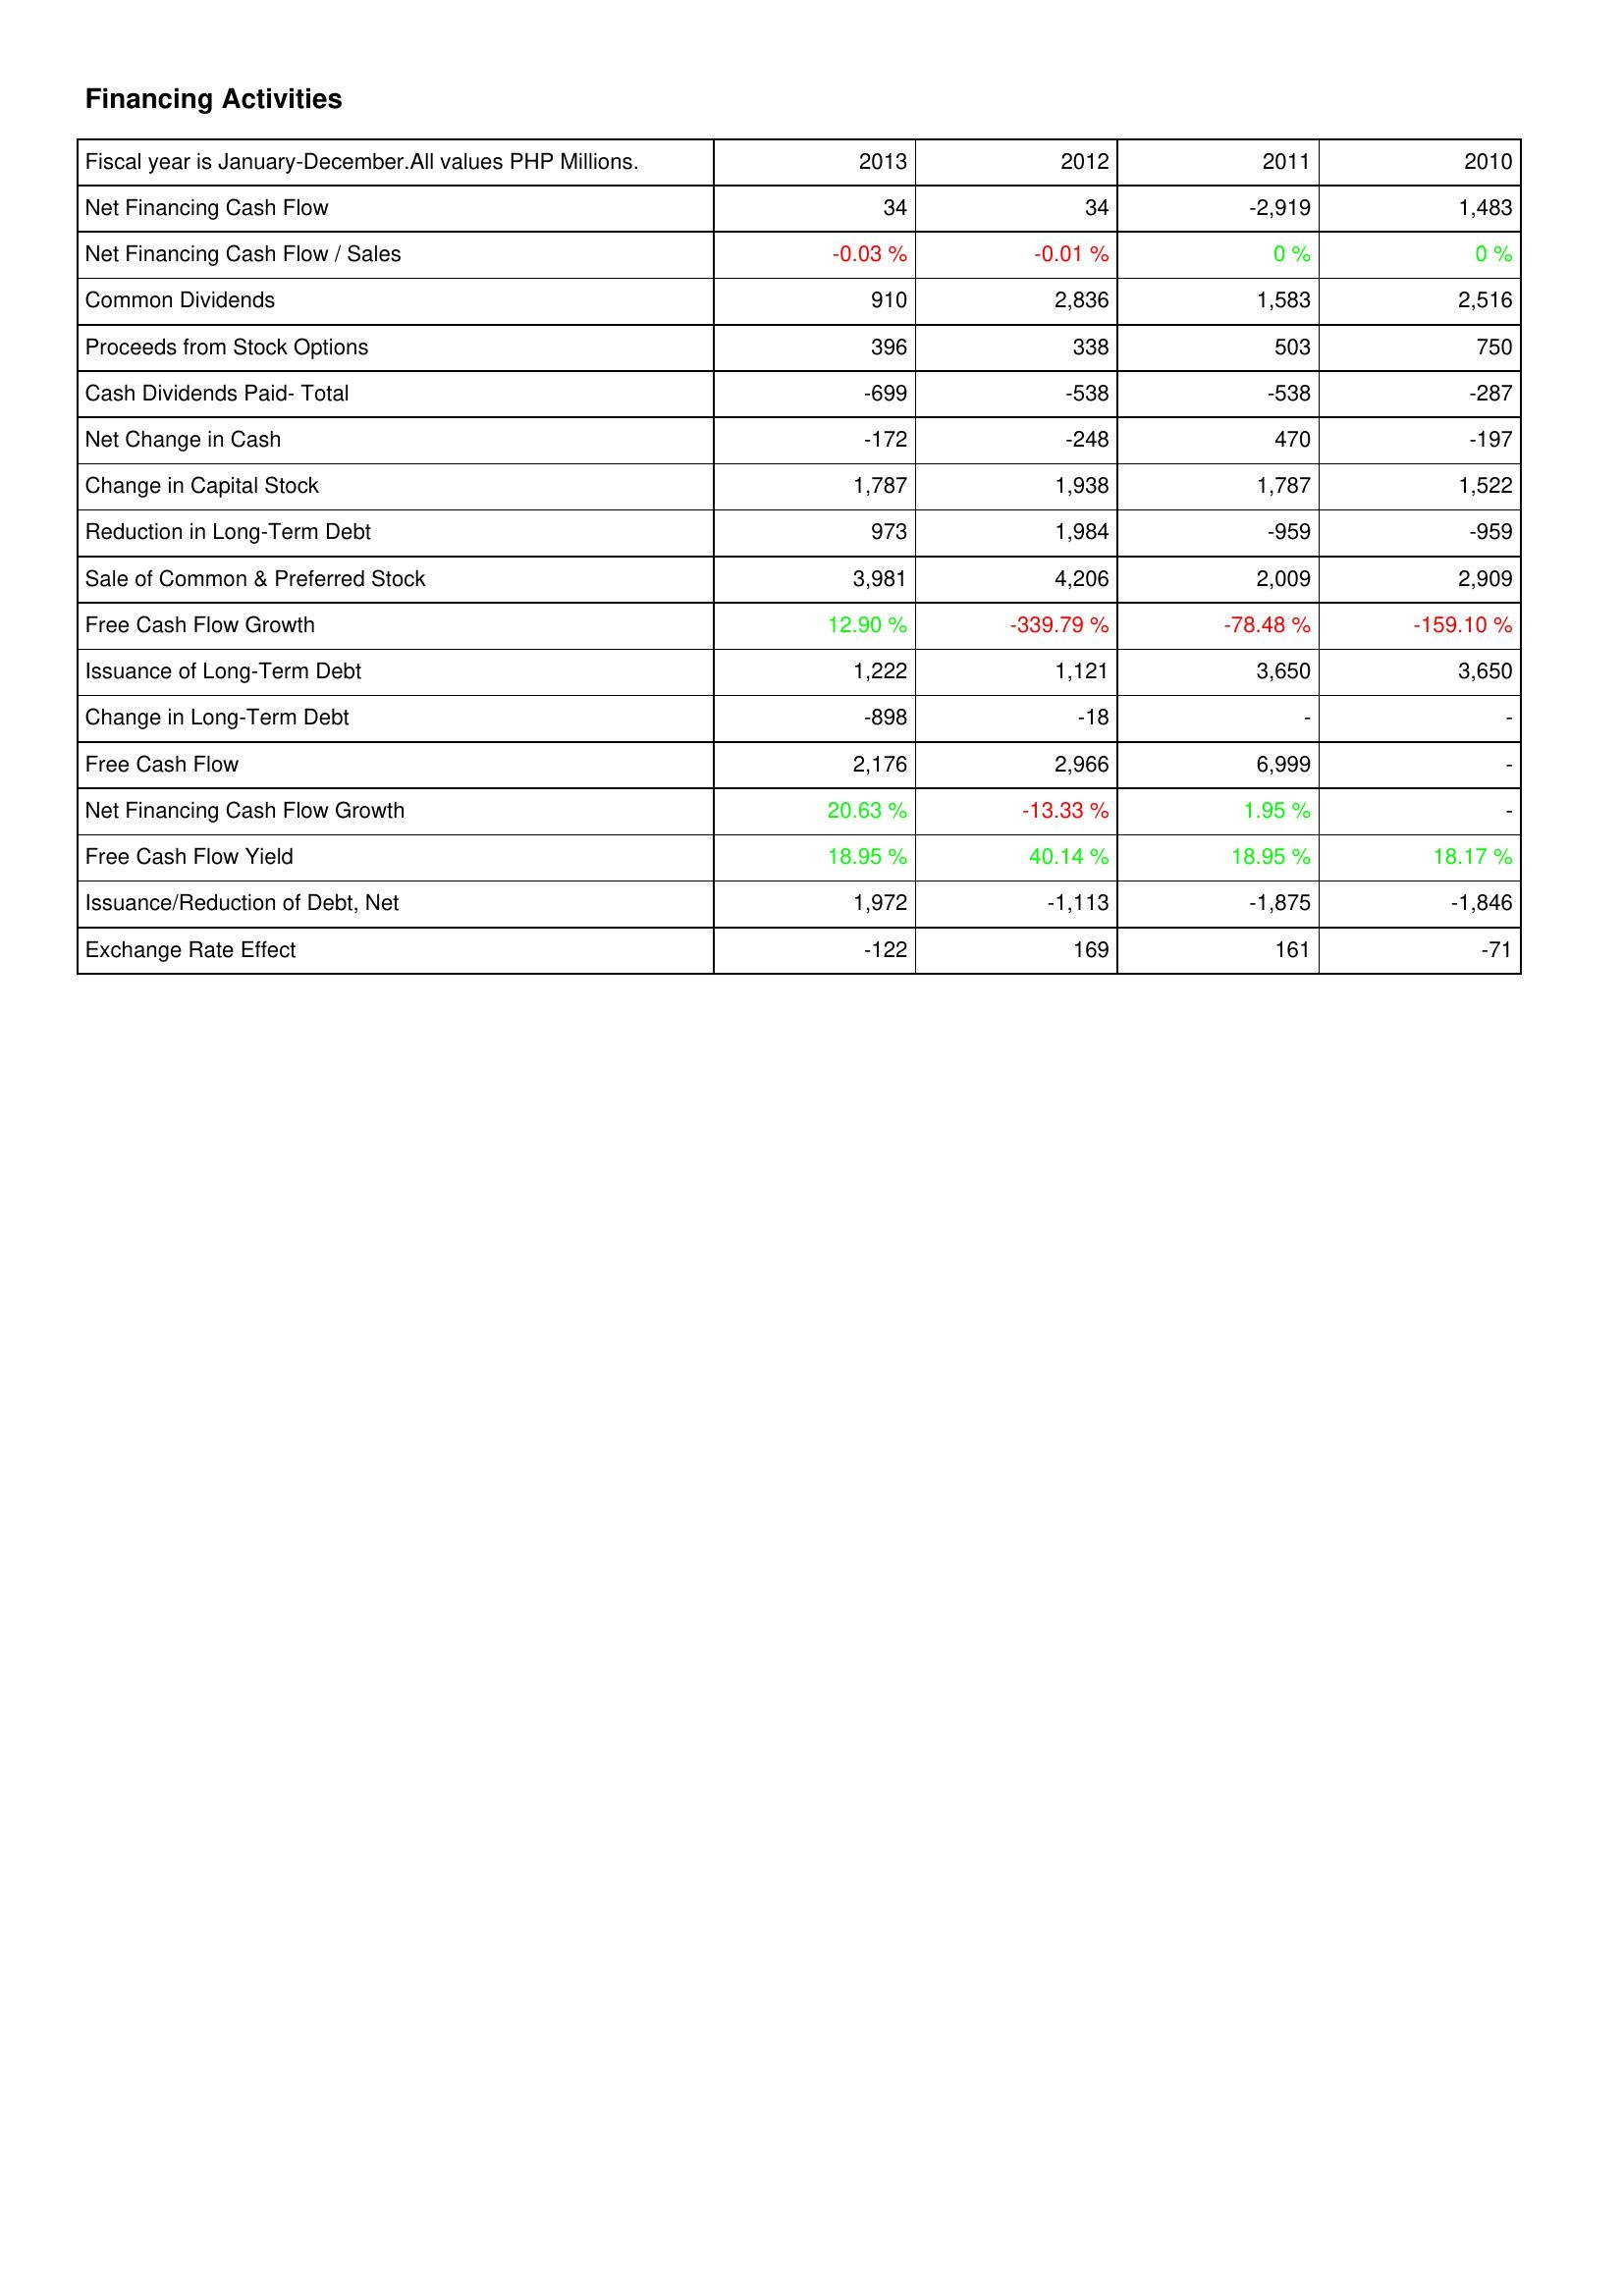
2013: Financing Activities: Net Financing Cash Flow: 34
Net Financing Cash Flow / Sales: -0.03 %
Common Dividends: 910
Proceeds from Stock Options: 396
Cash Dividends Paid- Total: -699
Net Change in Cash: -172
Change in Capital Stock: 1,787
Reduction in Long-Term Debt: 973
Sale of Common & Preferred Stock: 3,981
Free Cash Flow Growth: 12.90 %
Issuance of Long-Term Debt: 1,222
Change in Long-Term Debt: -898
Free Cash Flow: 2,176
Net Financing Cash Flow Growth: 20.63 %
Free Cash Flow Yield: 18.95 %
Issuance/Reduction of Debt, Net: 1,972
Exchange Rate Effect: -122
2012: Financing Activities: Net Financing Cash Flow: 34
Net Financing Cash Flow / Sales: -0.01 %
Common Dividends: 2,836
Proceeds from Stock Options: 338
Cash Dividends Paid- Total: -538
Net Change in Cash: -248
Change in Capital Stock: 1,938
Reduction in Long-Term Debt: 1,984
Sale of Common & Preferred Stock: 4,206
Free Cash Flow Growth: -339.79 %
Issuance of Long-Term Debt: 1,121
Change in Long-Term Debt: -18
Free Cash Flow: 2,966
Net Financing Cash Flow Growth: -13.33 %
Free Cash Flow Yield: 40.14 %
Issuance/Reduction of Debt, Net: -1,113
Exchange Rate Effect: 169
2011: Financing Activities: Net Financing Cash Flow: -2,919
Net Financing Cash Flow / Sales: 0 %
Common Dividends: 1,583
Proceeds from Stock Options: 503
Cash Dividends Paid- Total: -538
Net Change in Cash: 470
Change in Capital Stock: 1,787
Reduction in Long-Term Debt: -959
Sale of Common & Preferred Stock: 2,009
Free Cash Flow Growth: -78.48 %
Issuance of Long-Term Debt: 3,650
Change in Long-Term Debt: -
Free Cash Flow: 6,999
Net Financing Cash Flow Growth: 1.95 %
Free Cash Flow Yield: 18.95 %
Issuance/Reduction of Debt, Net: -1,875
Exchange Rate Effect: 161
2010: Financing Activities: Net Financing Cash Flow: 1,483
Net Financing Cash Flow / Sales: 0 %
Common Dividends: 2,516
Proceeds from Stock Options: 750
Cash Dividends Paid- Total: -287
Net Change in Cash: -197
Change in Capital Stock: 1,522
Reduction in Long-Term Debt: -959
Sale of Common & Preferred Stock: 2,909
Free Cash Flow Growth: -159.10 %
Issuance of Long-Term Debt: 3,650
Change in Long-Term Debt: -
Free Cash Flow: -
Net Financing Cash Flow Growth: -
Free Cash Flow Yield: 18.17 %
Issuance/Reduction of Debt, Net: -1,846
Exchange Rate Effect: -71